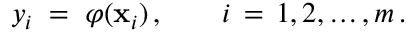
y _ { i } \; = \; \varphi ( \mathbf { x } _ { i } ) \, , \qquad i \, = \, 1 , 2 , \ldots , m \, .